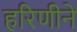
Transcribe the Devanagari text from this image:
हरिणीने